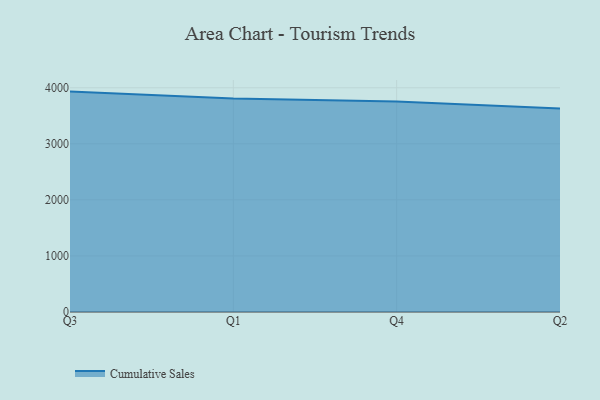
{"axis": {"x": "Quarter", "y": "Satisfaction Score"}, "legend": ["Cumulative Sales"], "data": [{"x": "Q3", "y": 3932.0, "type": "Cumulative Sales"}, {"x": "Q1", "y": 3807.0, "type": "Cumulative Sales"}, {"x": "Q4", "y": 3757.0, "type": "Cumulative Sales"}, {"x": "Q2", "y": 3631.1, "type": "Cumulative Sales"}]}